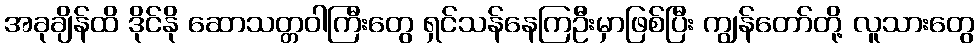
အခုချိန်ထိ ဒိုင်နို ဆောသတ္တဝါကြီးတွေ ရှင်သန်နေကြဦးမှာဖြစ်ပြီး ကျွန်တော်တို့ လူသားတွေ